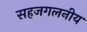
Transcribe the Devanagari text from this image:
सहजगलनीय